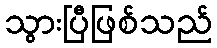
သွားပြီဖြစ်သည်